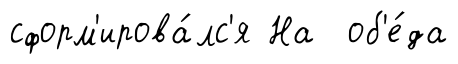
сформ'ирова́лс'я На об'е́да